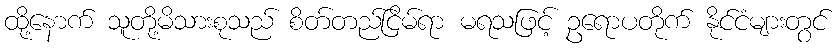
ထို့နောက် သူတို့မိသားစုသည် စိတ်တည်ငြိမ်ရာ မရသဖြင့် ဥရောပတိုက် နိုင်ငံများတွင်